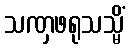
သဏှဖရုသသ္မိံ